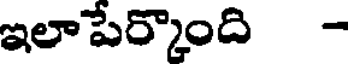
ఇలాపేర్కొంది -